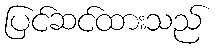
ပြင်ဆင်ထားသည်